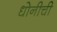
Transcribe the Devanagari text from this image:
धोनीची